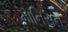
માનિસન